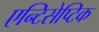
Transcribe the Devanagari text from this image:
एन्टिसेप्टिक